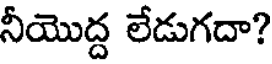
నీయొద్ద లేడుగదా?